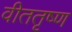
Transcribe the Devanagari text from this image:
वीततृष्ण